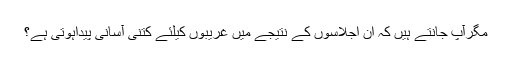
مگرآپ جانتے ہیں کہ ان اجلاسوں کے نتیجے میں غریبوں کیلئے کتنی آسانی پیداہوتی ہے؟